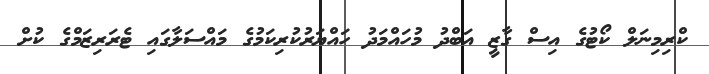
ކްރިމިނަލް ކޯޓުގެ އިސް ގާޒީ އަބްދު މުހައްމަދު ހައްޔަރުކުރިކަމުގެ މައްސަލާގައި ޓެރަރިޒަމްގެ ކުށް